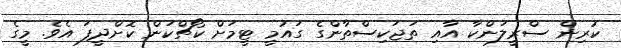
ކުރިން ސްރީލަންކާ އާއި ތަޖަކިސްތާންގެ ގައުމީ ޓީމަށް ކޯޗްކަން ކޮށްދީފަ އެވެ. މީގެ